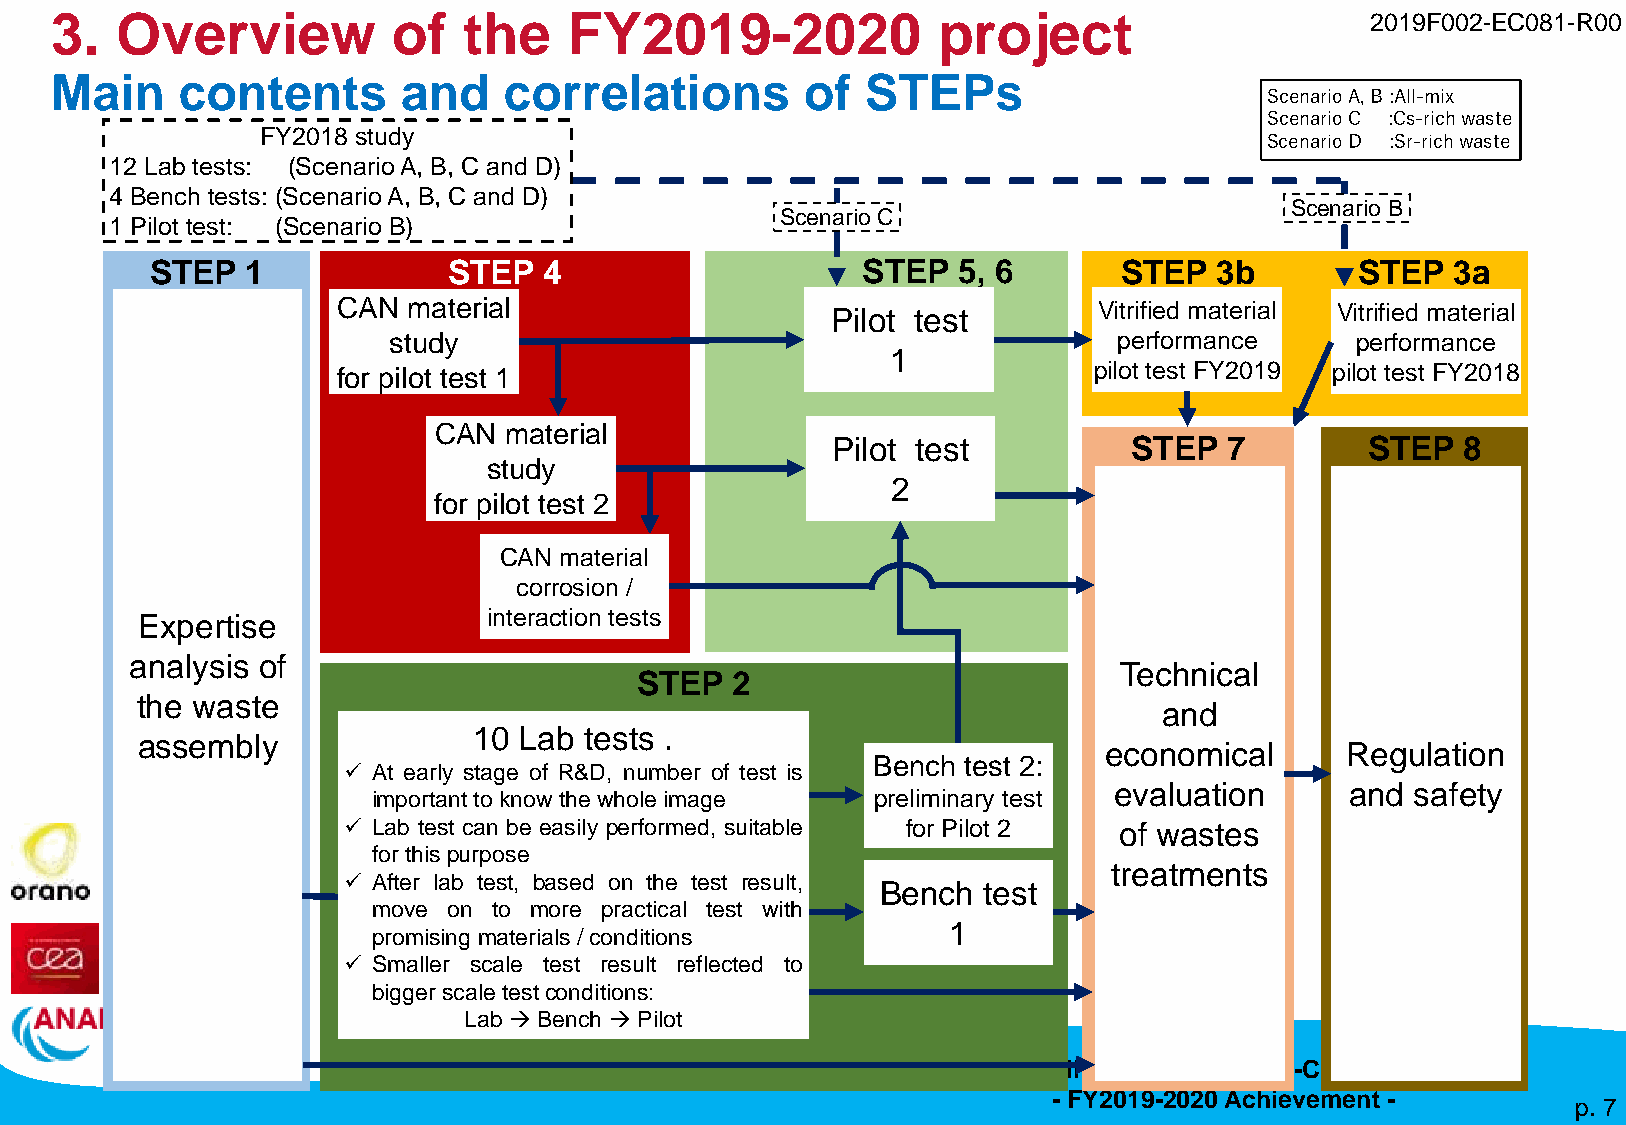
3.   Overview          of   the    FY2019-2020             project                      2019F002-EC081-R00
 Main     contents       and   correlations        of  STEPs
 ScenarioA,B:All-mix
 ScenarioC :Cs-richwaste
 FY2018 study                                                       ScenarioD :Sr-richwaste
 12 Lab tests: (ScenarioA, B, C and D)
 4 Bench tests: (ScenarioA, B, C and D)
 Scenario B
 Scenario C
 1 Pilot test: (Scenario B)
 STEP  1             STEP  4                    STEP  5, 6       STEP  3b        STEP  3a
 CAN  material                    Pilot test        Vitrified material Vitrified material
 study                                           performance     performance
 1
 for pilot test 1                                  pilot test FY2019 pilot test FY2018
 CAN material
 Pilot test          STEP  7        STEP   8
 study
 2
 for pilot test 2
 CAN material
 corrosion /
 Expertise              interaction tests
 analysis of
 Technical
 STEP  2
 the waste
 and
 10 Lab  tests .
 assembly
 economical      Regulation
 Bench test 2:
 ✓ At early stage of R&D, number of test is
 evaluation     and  safety
 important toknow thewhole image  preliminary test
 ✓ Lab test can be easily performed, suitable for Pilot 2 of wastes
 forthispurpose
 treatments
 ✓ After lab test, based on the test result,
 Bench  test
 move on to more practical test with
 1
 promising materials /conditions
 ✓ Smaller scale test result reflected to
 bigger scale testconditions:
 Lab →Bench →Pilot
 Applicability evaluation of In-Can Vitrification
 - FY2019-2020 Achievement -
 p. 7